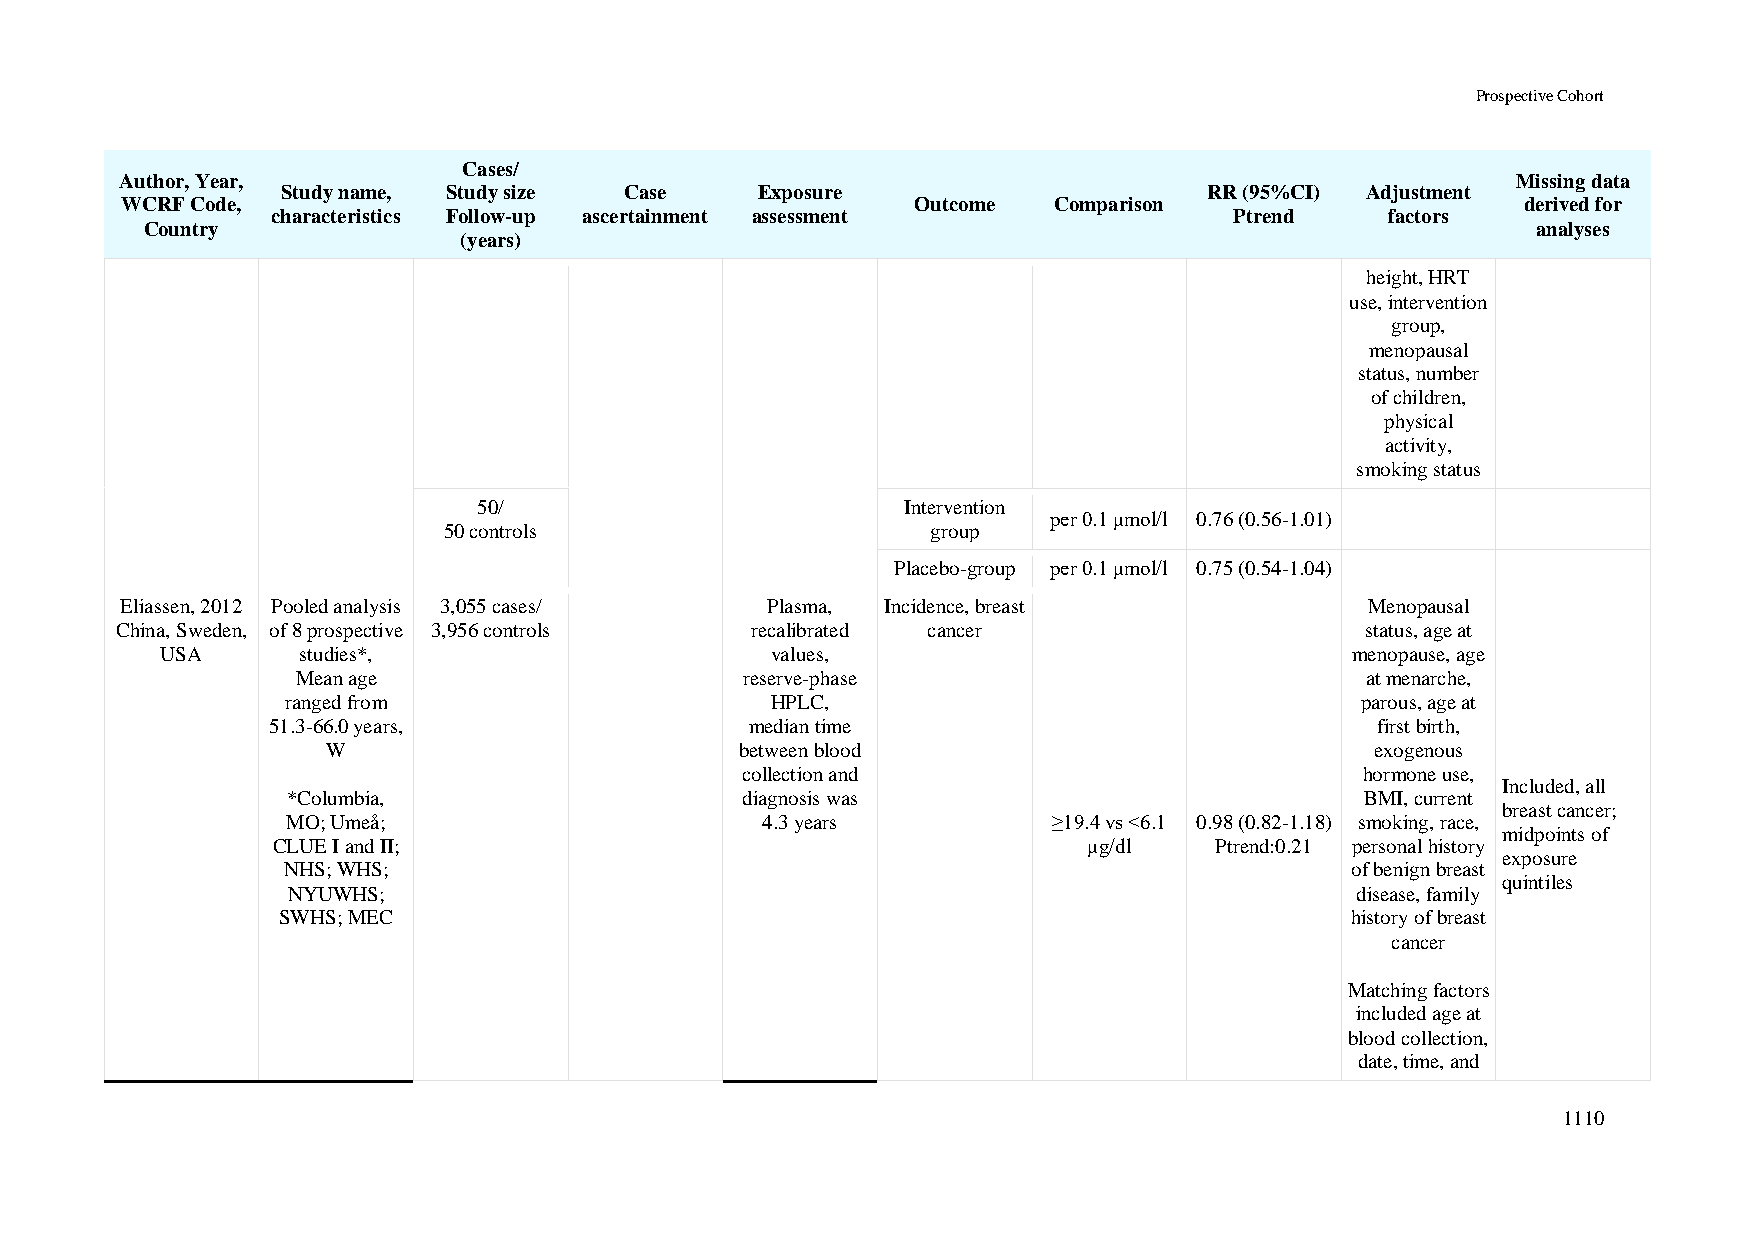
Prospective Cohort
 Cases/
 Author, Year,                                                                               Missing data
 Study name, Study size Case    Exposure                      RR (95%CI) Adjustment
 WCRF Code,                                           Outcome  Comparison                     derived for
 characteristics Follow-up ascertainment assessment              Ptrend    factors
 Country                                                                                     analyses
 (years)
 height, HRT
 use, intervention
 group,
 menopausal
 status, number
 of children,
 physical
 activity,
 smoking status
 50/                         Intervention
 per 0.1 μmol/l 0.76 (0.56-1.01)
 50 controls                      group
 Placebo-group per 0.1 μmol/l 0.75 (0.54-1.04)
 Eliassen, 2012 Pooled analysis 3,055 cases/ Plasma, Incidence, breast              Menopausal
 China, Sweden, of 8 prospective 3,956 controls recalibrated cancer                status, age at
 USA      studies*,                      values,                                menopause, age
 Mean age                     reserve-phase                            at menarche,
 ranged from                     HPLC,                                  parous, age at
 51.3-66.0 years,                median time                              first birth,
 W                          between blood                             exogenous
 collection and                           hormone use,
 Included, all
 *Columbia,                    diagnosis was                            BMI, current
 breast cancer;
 MO; Umeå;                      4.3 years           ≥19.4 vs <6.1 0.98 (0.82-1.18) smoking, race,
 midpoints of
 CLUE I and II;                                        μg/dl   Ptrend:0.21 personal history
 exposure
 NHS; WHS;                                                             of benign breast
 quintiles
 NYUWHS;                                                                disease, family
 SWHS; MEC                                                              history of breast
 cancer
 Matching factors
 included age at
 blood collection,
 date, time, and
 1110